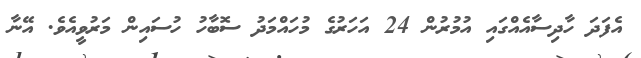
އެފަދަ ހާދިސާއެއްގައި އުމުރުން 24 އަހަރުގެ މުހައްމަދު ސޮބާހު ހުސައިން މަރުވީއެވެ. އޭނާ